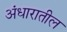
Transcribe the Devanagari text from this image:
अंधारातील